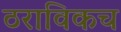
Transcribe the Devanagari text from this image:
ठराविकच